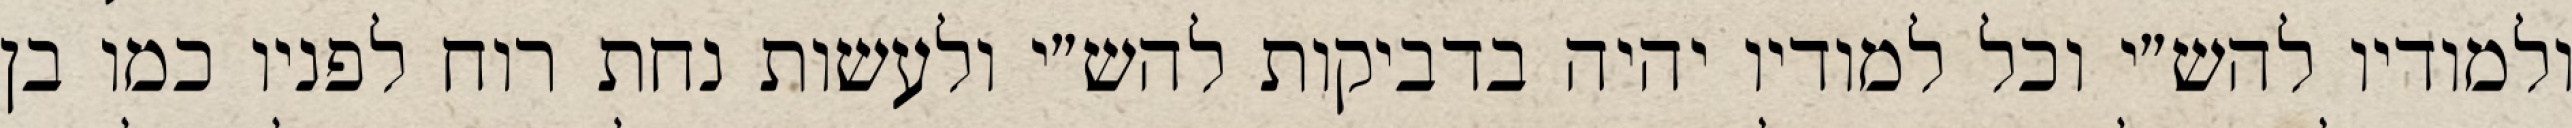
ולמודיו להש״י וכל למודיו יהיה בדביקות להש״י ולעשות נחת רוח לפניו כמו בן